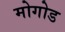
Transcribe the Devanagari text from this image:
मोगोड